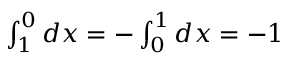
\textstyle { \int _ { 1 } ^ { 0 } d x = - \int _ { 0 } ^ { 1 } d x = - 1 }